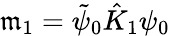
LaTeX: \mathfrak{m}_{1}=\tilde{{\psi}}_{0}\hat{{K}}_{1}\psi_{0}